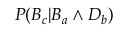
P ( B _ { c } | B _ { a } \land D _ { b } )